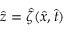
\hat { z } = \hat { \zeta } ( \hat { x } , \hat { t } )